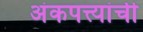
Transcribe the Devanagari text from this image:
अंकपत्त्यांची